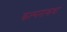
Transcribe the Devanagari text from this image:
कल्पनाकथा